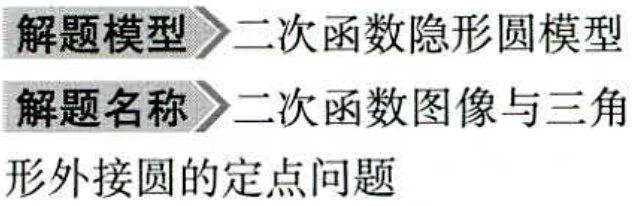
解题模型$\rhd$二次函数隐形圆模型
解题名称$\rhd$二次函数图像与三角形外接圆的定点问题